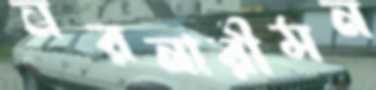
নরনারীমন